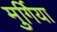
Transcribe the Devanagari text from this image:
मुर्गिया